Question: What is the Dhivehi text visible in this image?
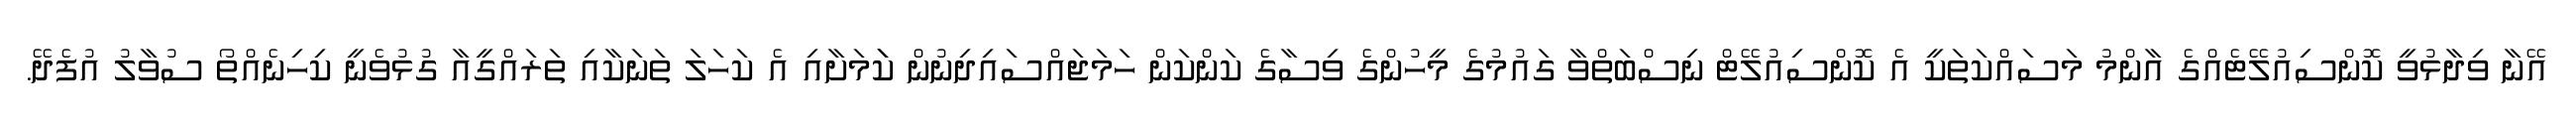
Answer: އޭނާ ވިދާޅުވީ ކޮންސިއުލޭޓެއްގެ އާންމު މަސައްކަތަކީ އެ ކޮންސިއުލޭޓް ނިސްބަތްވާ ގައުމުގެ މީހުންގެ ވިސާގެ ކަންކަން ހަމަޖައްސައިދިނުން ކަަމަށާއި އެ ކަހަލަ ތަނަކާއި ތަރައްގީއާ ގުޅުވެނީ ކިހިނެއްތޯ ސުވާލު އުފެދޭ.